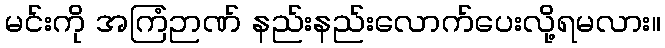
မင်းကို အကြံဉာဏ် နည်းနည်းလောက်ပေးလို့ရမလား။